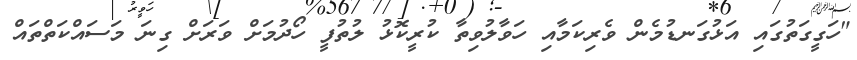
"ހަގީގަތުގައި އަޅުގަނޑުމެން ވެރިކަމާއި ހަވާލުވިތާ ކުރީކޮޅު ލުތުފީ ހޯދުމަށް ވަރަށް ގިނަ މަސައްކަތްތައް